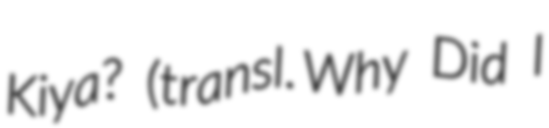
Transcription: Kiya? (transl. Why Did I